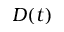
D ( t )